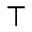
^ \top